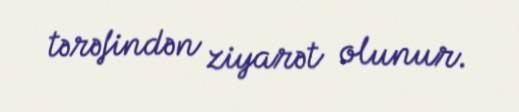
tərəfindən ziyarət olunur.